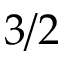
3 / 2